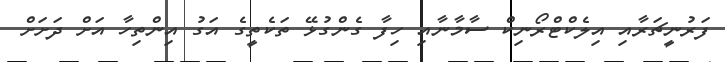
ފަރުނީޗަރާއި އިލެކްޓްރޯނިކް ސާމާނާއި ހިފާ ގެންގުޅޭ ތަކެތީގެ އަގު އިންތިހާ އަށް ދަށަށް